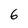
Character: 6